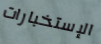
الإستخبارات